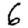
Digit: 6